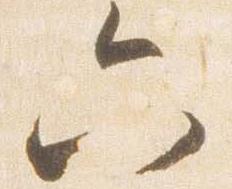
六